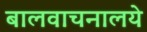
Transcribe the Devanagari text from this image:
बालवाचनालये